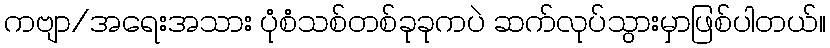
ကဗျာ/အရေးအသား ပုံစံသစ်တစ်ခုခုကပဲ ဆက်လုပ်သွားမှာဖြစ်ပါတယ်။